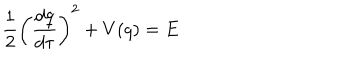
LaTeX: \frac { 1 } { 2 } \left( \frac { d q } { d \tau } \right) ^ { 2 } + V ( q ) = E